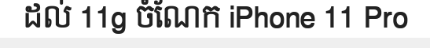
ដល់ 11g ចំណែក iPhone 11 Pro